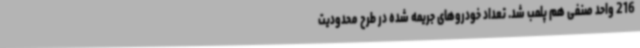
216 واحد صنفی هم پلمب شد. تعداد خودروهای جریمه شده در طرح محدودیت